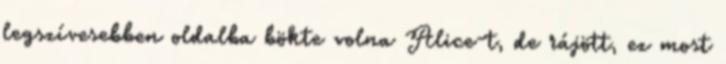
legszívesebben oldalba bökte volna Alice-t, de rájött, ez most